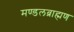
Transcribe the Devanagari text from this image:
मण्डलब्राह्मण